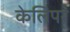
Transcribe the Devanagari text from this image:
केलिपर